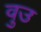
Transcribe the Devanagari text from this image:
वुउ